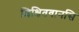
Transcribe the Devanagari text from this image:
शिक्षितवानसि